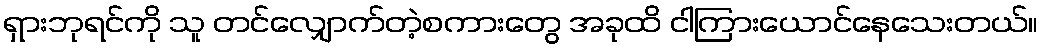
ရှားဘုရင်ကို သူ တင်လျှောက်တဲ့စကားတွေ အခုထိ ငါကြားယောင်နေသေးတယ်။